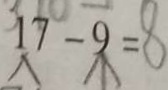
1 7 - 9 = 8